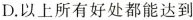
D.以上所有好处都能达到